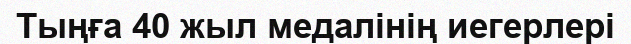
Тыңға 40 жыл медалінің иегерлері